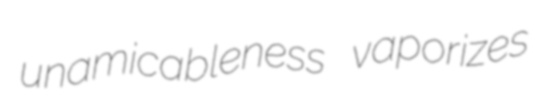
unamicableness vaporizes